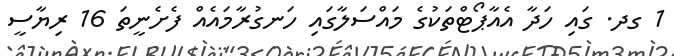
1 ގދ. ގައި ހަދާ އެއާޕޯޓްތަކުގެ މައްސަލާގައި ހަނގުރާމައެއް ފެށެނީތަ 16 ރިޔާސީ